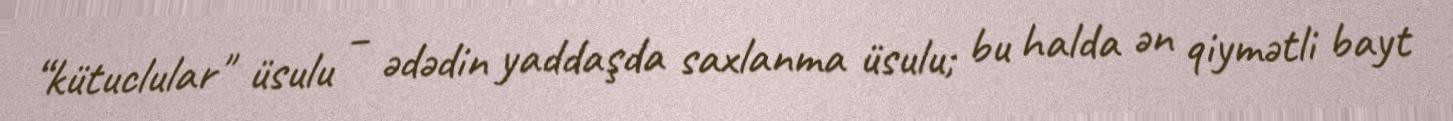
“kütuclular" üsulu – ədədin yaddaşda saxlanma üsulu; bu halda ən qiymətli bayt